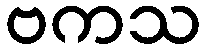
ဗကသ